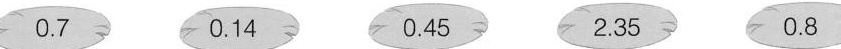
0.7 0.14 0.45 2.35 0.8